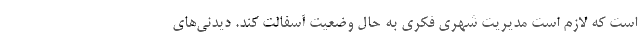
است که لازم است مدیریت شهری فکری به حال وضعیت آسفالت کند. دیدنی‌های